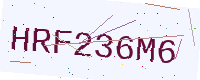
Text: HRF236M6